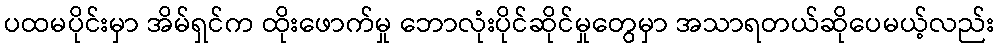
ပထမပိုင်းမှာ အိမ်ရှင်က ထိုးဖောက်မှု ဘောလုံးပိုင်ဆိုင်မှုတွေမှာ အသာရတယ်ဆိုပေမယ့်လည်း